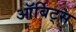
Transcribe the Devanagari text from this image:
ऑर्बिट्स